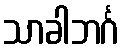
သာခါဘင်္ဂ